Vabadussoja_Ajaloo_Komitee, lk 69
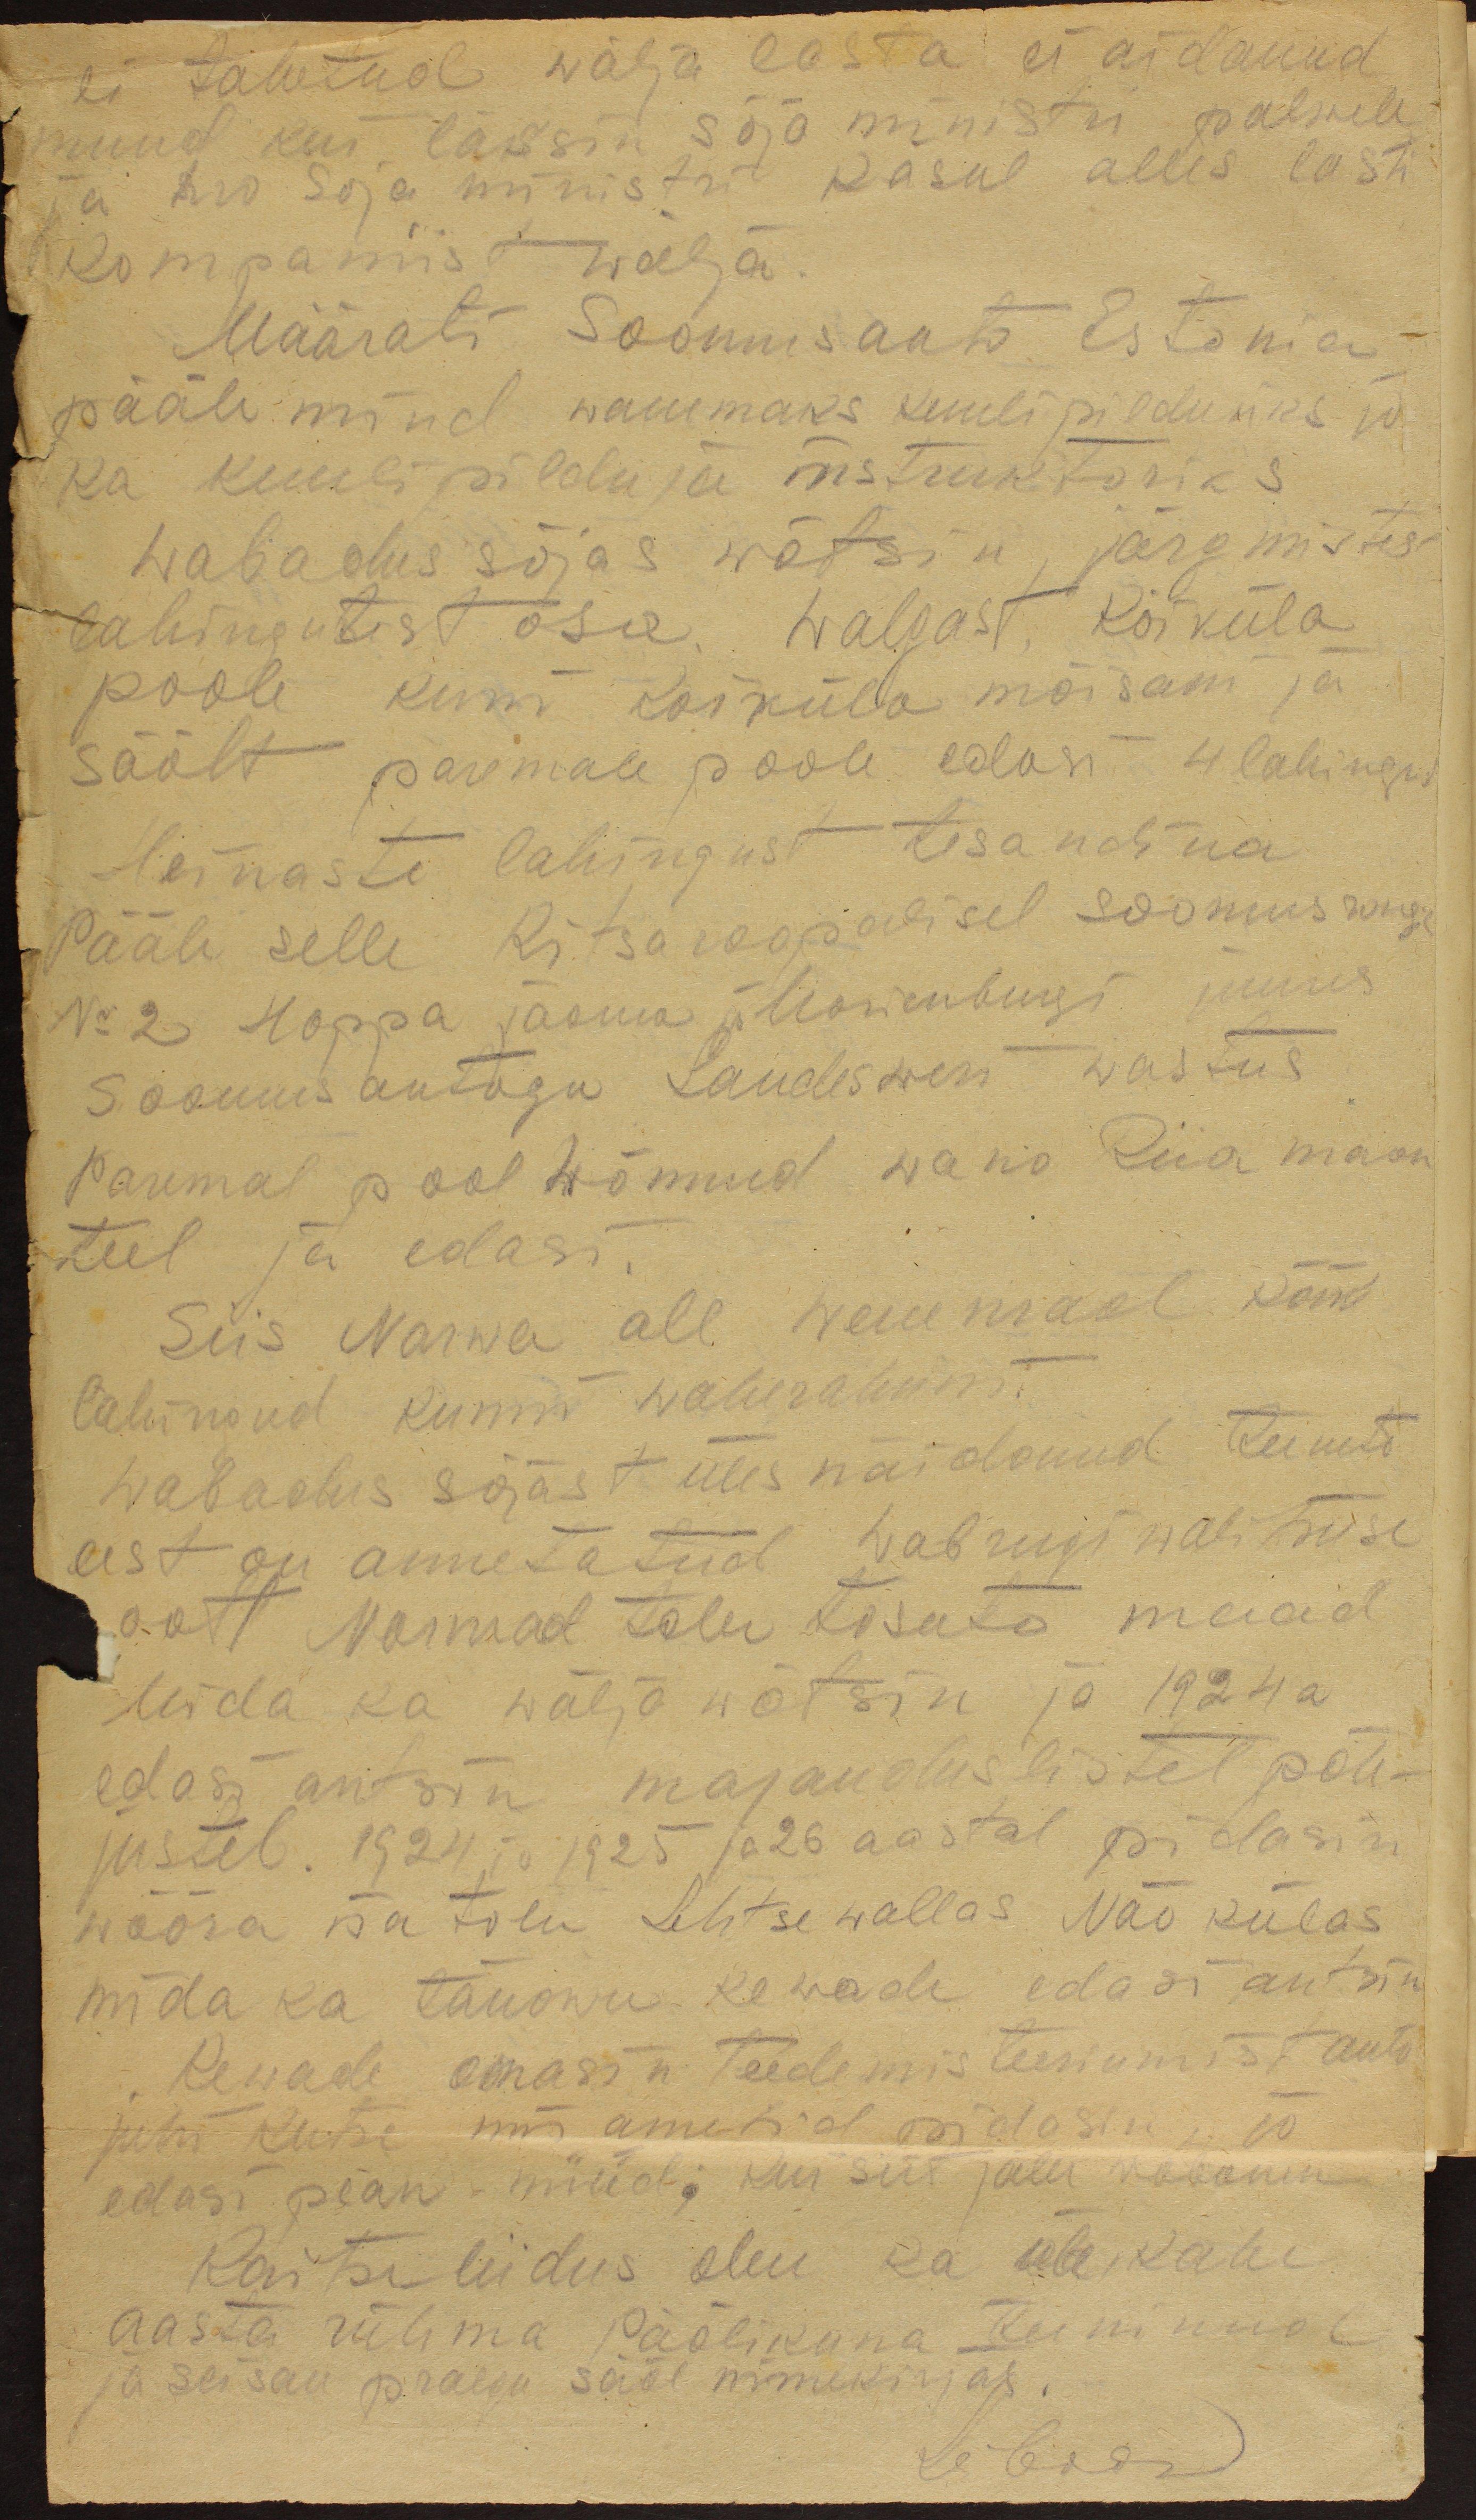
ei tahetud wälja lasta ei aidanud
muud kui lässin sõja ministri palwele
ja hra sõja ministri käsul alles lasti
kompaniist wälja.
Määrati Soomusauto Estonia
pääle mind wanemaks kuulipilduriks ja
ka kuulipilduja instruktoriks
Wabadus sõjas wõtsin järgmistest
lahingutest osa. Walgast Koiküla
poole kuni Koiküla mõisani ja
säält paremale poole edasi 4 lahingus
Heinaste lahingust tisandina
pääle selle kitsaroopalisel soomusrongil
Nr 2 Hoppa jaama Marienburgi juures
Soomusautoga Landesweri wastus
Paremal pool Wõnnud wana Riia maan-
teel ja edasi.
Siis Narwa all wenemaal kõik
lahingud kunni waherahuni
wabadus sõjast üles näidanud teenete
eest on annetatud wabriigi walitsuse
poolt Narwast talu tasuta maad
Mida ka wälja wõtsin ja 1924 a
edasi antsin majanduslistel põh-
justel. 1924 ja 1925 ja 26 aastal pidasin
wõõra isa talu Lehtse wallas Näo külas
mida ka tänawu kewade edasi antsin
Kewade omasin teedemisteeriumist antu
juhi kutse mis ametid pidasin ja
edasi pean. nüüd kui siit jälle vabanen
Kaitseliidus olen ka üle kahe
aasta rühma päälikuna teeninud
ja seisan praegu sääl nimekirjas.